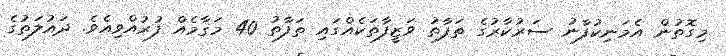
މިގޮތުން އެމަނިކުފާނު ސަރުކާރުގެ ތަފާތު ވަޒީފާތަކެއްގައި ތަފާތު 40 މަޤާމެއް ފުރުއްވިއެވެ. ދައުލަތުގެ